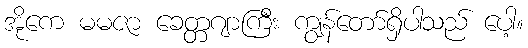
အိုကေ မမဇာ ခေတ္တဂျာကြီး ကျွန်တော်ရှိပါသည် ပေါ့။